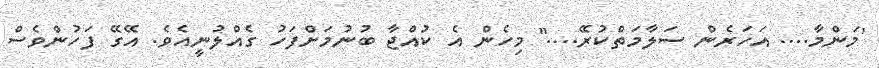
'މަންމާ.... އަހަރެން ސަލާމަތްކުރޭ...." މިހެން އެ ކުއްޖާ ބުނުމަށްފަހު ގެއްްލުނީއެވެ. އޭގޭ ފަހުންވެސް